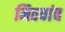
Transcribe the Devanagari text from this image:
मिठबांव